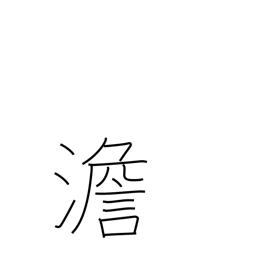
Meaning: bland